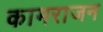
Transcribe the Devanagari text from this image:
कामराजन